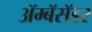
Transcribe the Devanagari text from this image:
ॲम्बॅसॅडर